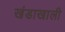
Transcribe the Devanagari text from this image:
खंडाखाली